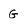
Character: G